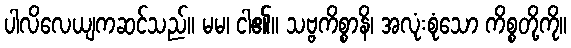
ပါလိလေယျကဆင်သည်။ မမ၊ ငါ၏။ သဗ္ဗကိစ္စာနိ၊ အလုံးစုံသော ကိစ္စတို့ကို။